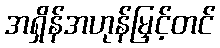
အရှိန်အဟုန်မြှင့်တင်